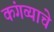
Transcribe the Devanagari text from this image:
कंगव्याचे